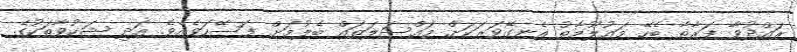
ރައްދުވާ ފަރާތާ ބެހޭ މަޢުލޫމާތު އެނގޭވަރަކަށް މައްސަލަތައް ބެލުމަށް ފަސޭހަވެއެވެ. އަދި ޝަކުވާތަކުގެ